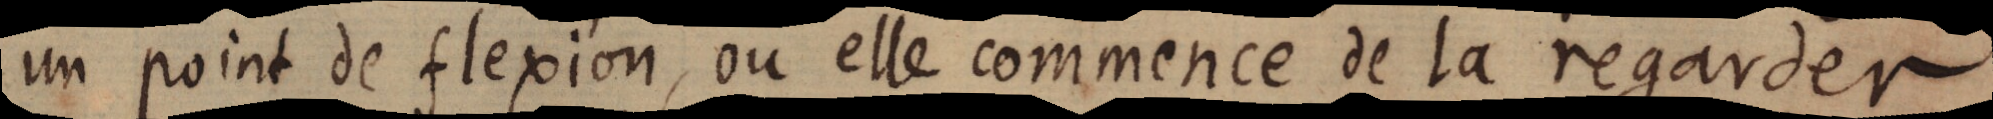
un point de flexion, ou elle commence de la regarder